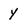
Character: y